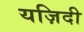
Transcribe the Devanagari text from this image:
यज़िदी